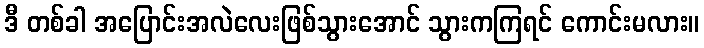
ဒီ တစ်ခါ အပြောင်းအလဲလေးဖြစ်သွားအောင် သွားကကြရင် ကောင်းမလား။